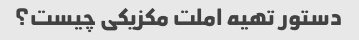
دستور تهیه املت مکزیکی چیست؟